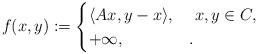
LaTeX: \begin{align*}f(x,y):= \begin{cases}\langle Ax,y-x\rangle,& \ x,y\in C,\\+ \infty,&.\end{cases}\end{align*}